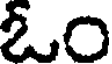
ఓం